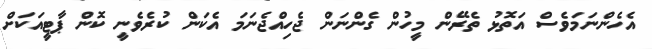
އެހެންނަމަވެސް އަތޮޅު ތެރޭން މީހުން ގެންނަން ޖެހިއްޖެނަމަ އެކަން ކުރެވެނީ ކޮން ޕާޓީއަކަށް